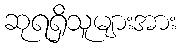
ဆုရရှိသူများအား